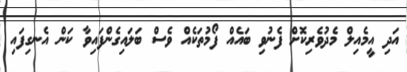
އަދި އީމެއިލް މެދުވެރިކޮށް ފެނުވި ބައެއް ފޯމުތަކެއް ވެސް ބަލައިގެންފައިވާ ކަން އެނގިފައި